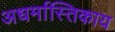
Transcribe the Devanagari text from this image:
अधर्मास्तिकाय